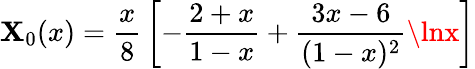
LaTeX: \mathbf{X}_{0}(x)={\frac{{x}}{{8}}}\left[-{\frac{{2+x}}{{1-x}}}+{\frac{{3x-6}}{{(1-x)^{2}}}}\lnx\right]